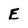
Character: E